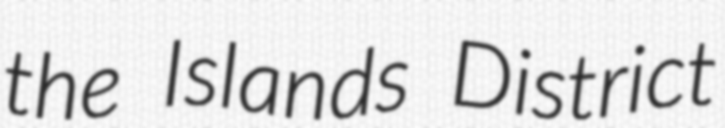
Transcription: the Islands District